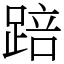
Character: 踣